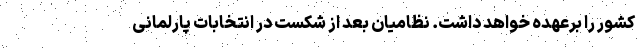
کشور را برعهده خواهد داشت. نظامیان بعد از شکست در انتخابات پارلمانی